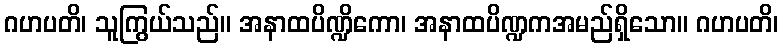
ဂဟပတိ၊ သူကြွယ်သည်။ အနာထပိဏ္ဍိကော၊ အနာထပိဏ္ဍကအမည်ရှိသော။ ဂဟပတိ၊